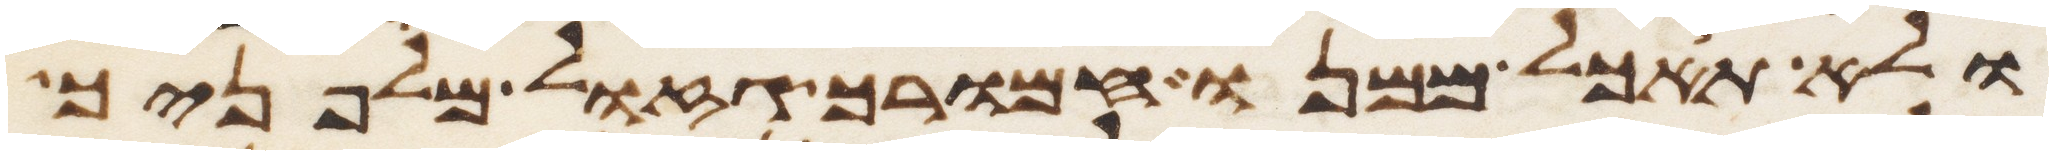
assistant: ולא תאכל ממנו חמורך גזול מלפניך